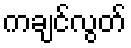
ကချင်လွတ်